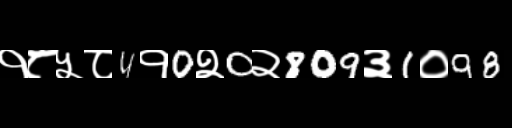
Text: १८५८4१0२0२809३1०98